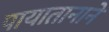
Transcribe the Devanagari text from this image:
पायातानाने